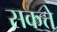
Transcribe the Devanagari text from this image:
सकत्ते